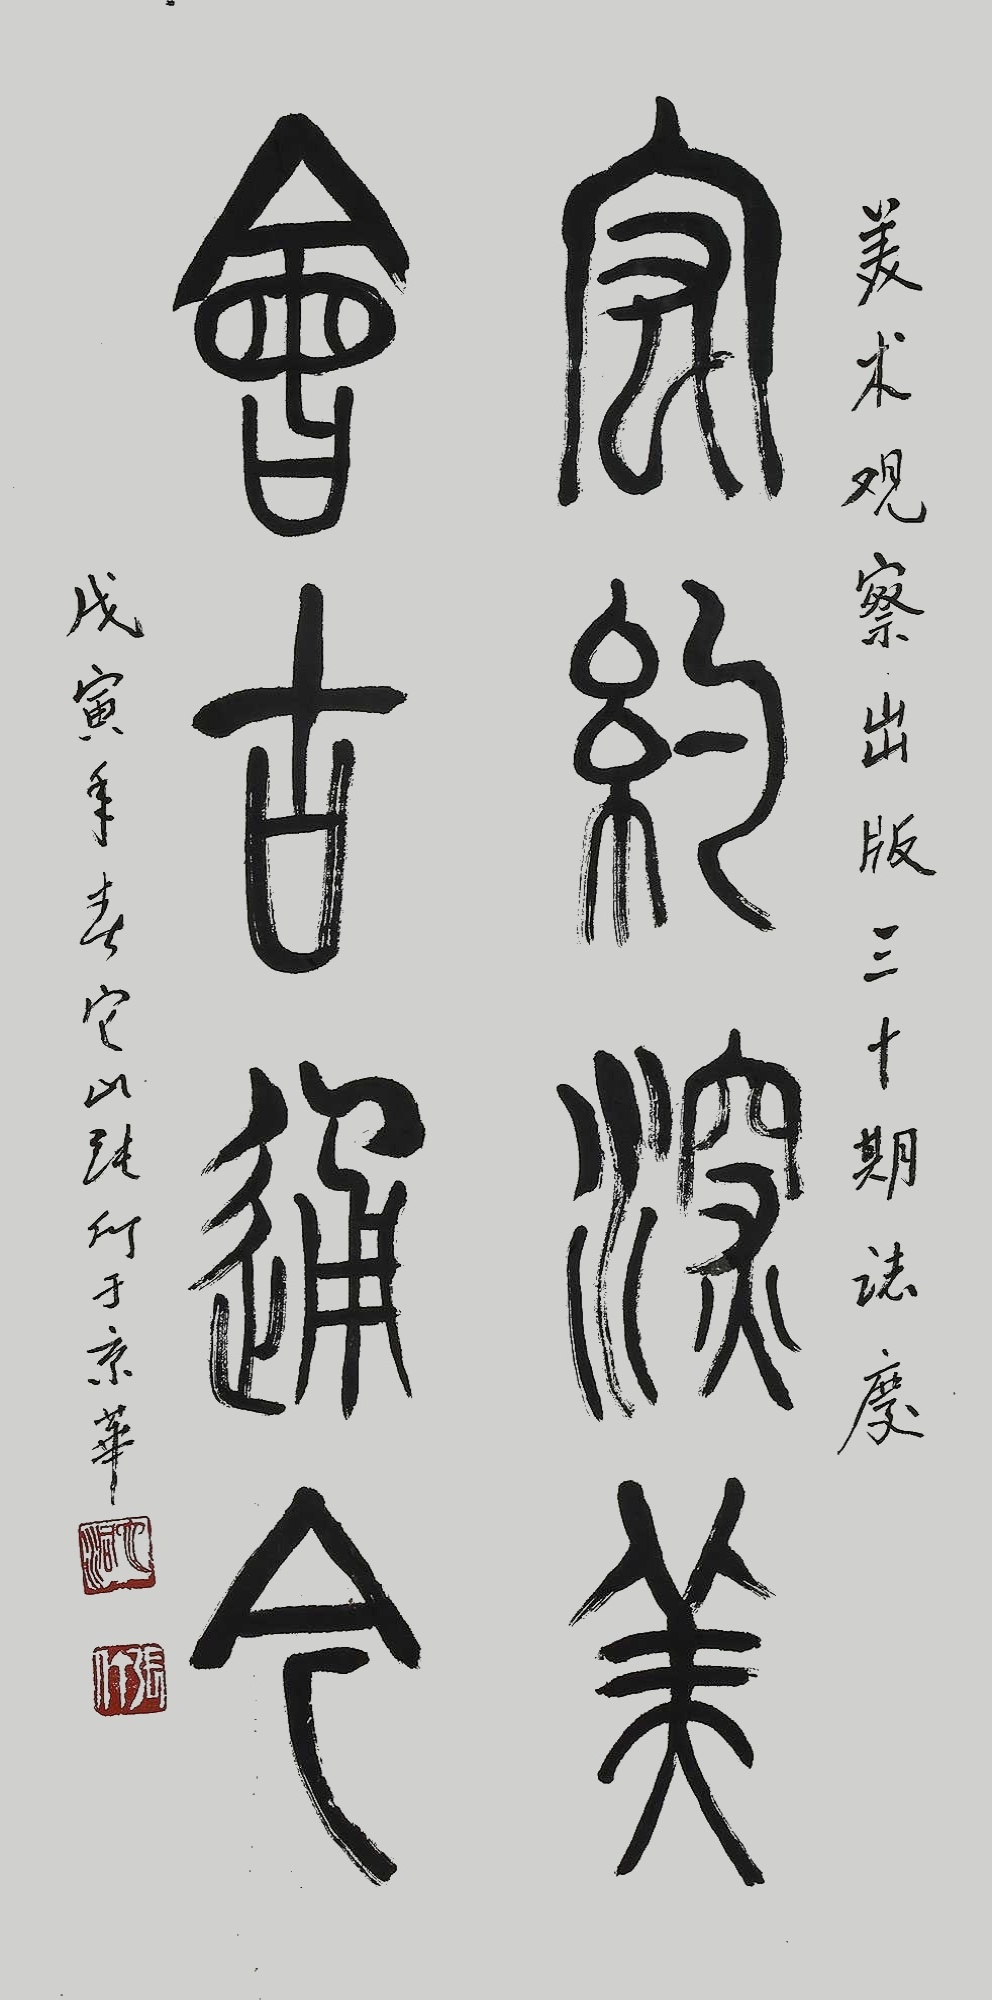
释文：闳约深美，会古通今。美术观察出版三十期志庆，戊寅年春它张仃于京华。